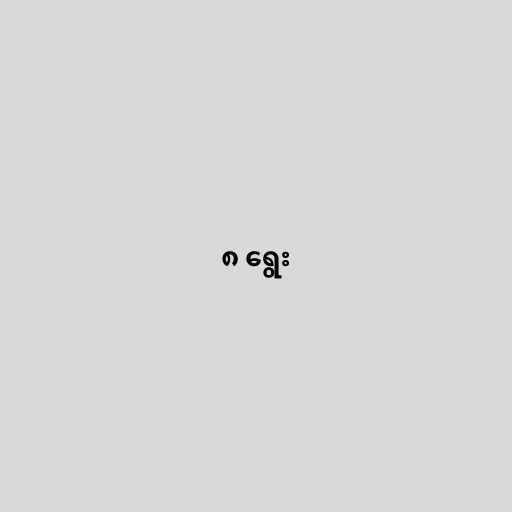
၈ ရွေး